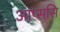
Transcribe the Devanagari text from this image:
आप्ससि